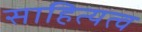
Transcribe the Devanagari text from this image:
साहित्यत्व